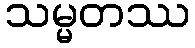
သမ္မတဿ